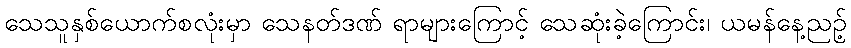
သေသူနှစ်ယောက်စလုံးမှာ သေနတ်ဒဏ် ရာများကြောင့် သေဆုံးခဲ့ကြောင်း၊ ယမန်နေ့ညဉ့်